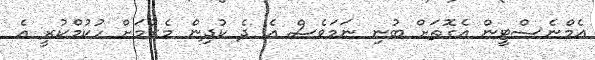
އެމްނެސްޓީން އެގޮތަށް ބުނި ނަމަވެސް އެ ދެ ކުދިން މެރުމަށް ހުކުމްކުރީ އެ